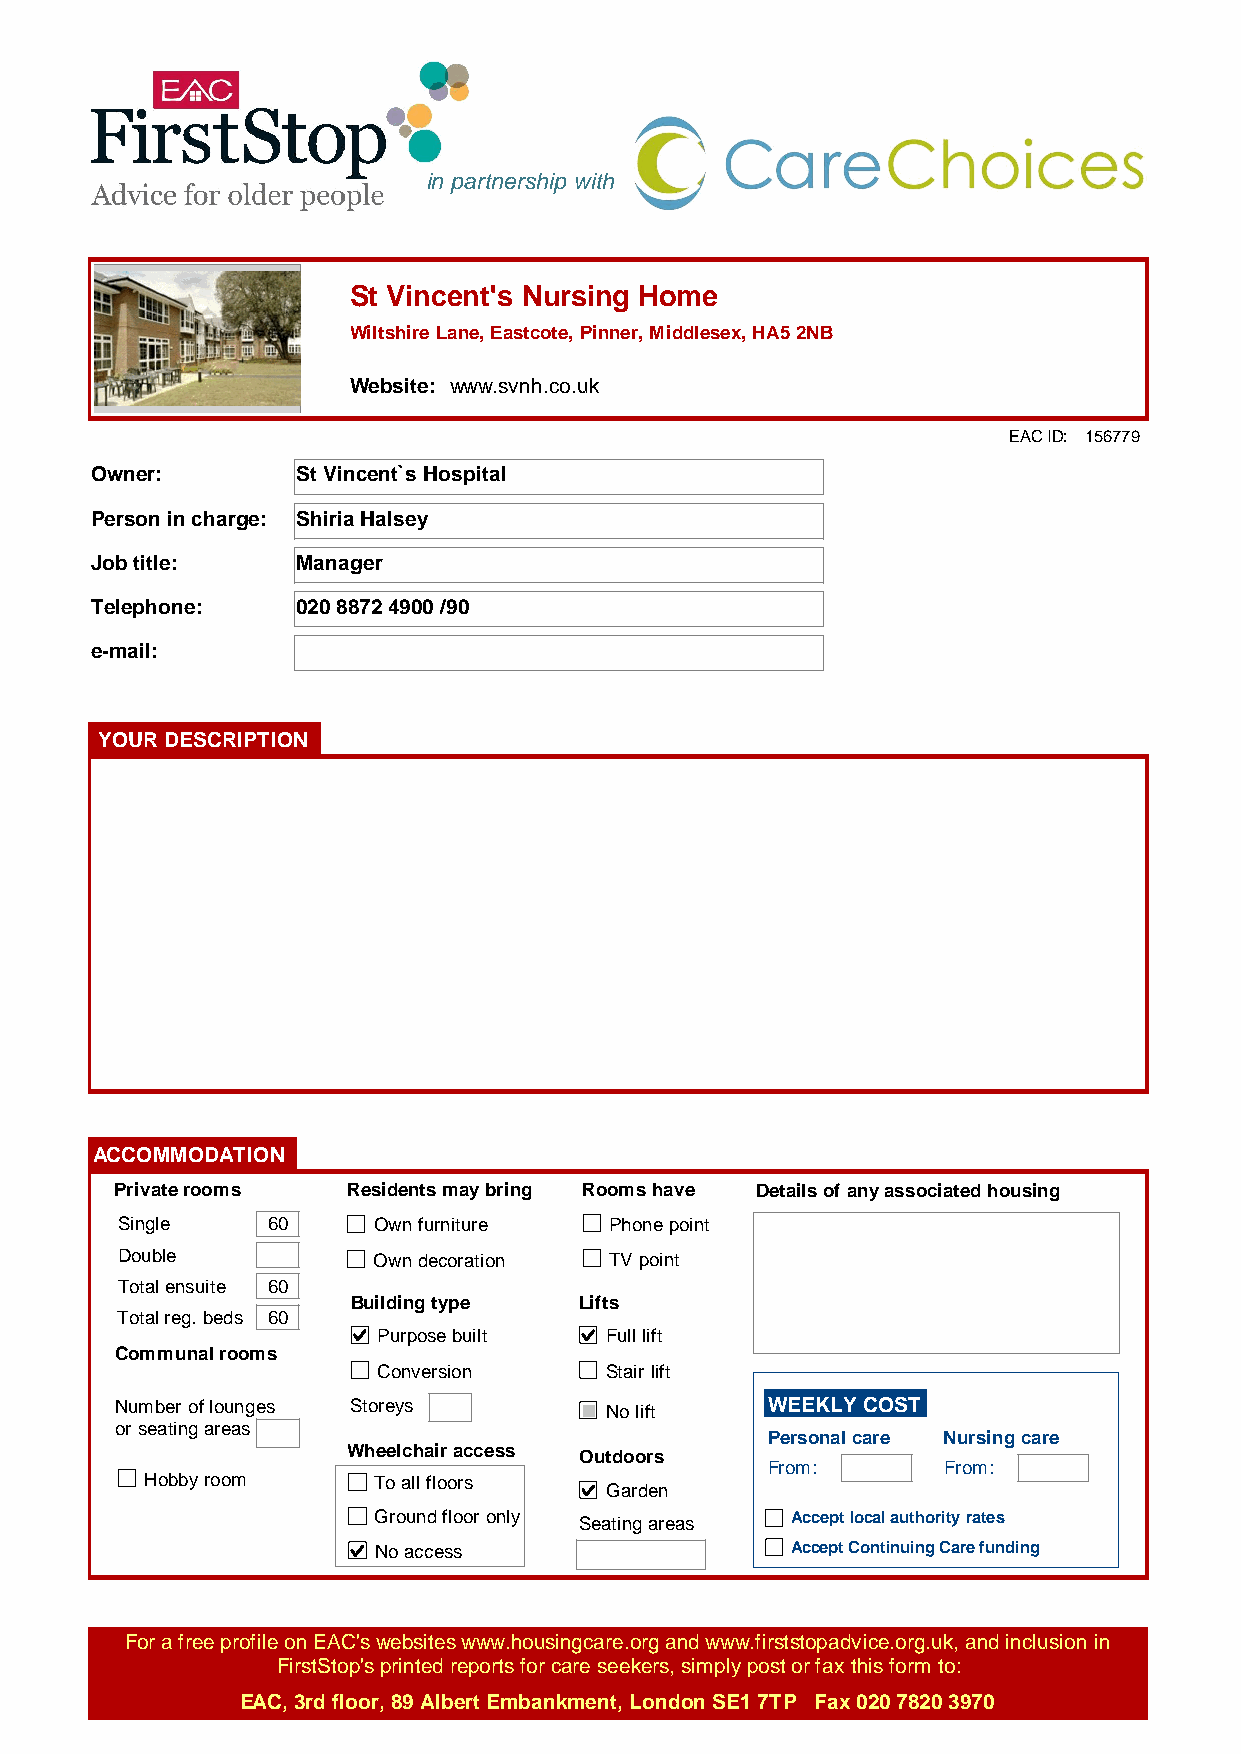
in partnership with
 St Vincent's Nursing Home
 Wiltshire Lane, Eastcote, Pinner, Middlesex, HA5 2NB
 Website: www.svnh.co.uk
 EAC ID: 156779
 Owner:        St Vincent`s Hospital
 Person in charge: Shiria Halsey
 Job title:    Manager
 Telephone:    020 8872 4900 /90
 e-mail:
 YOUR DESCRIPTION
 ACCOMMODATION
 Private rooms  Residents may bring Rooms have Details of any associated housing
 Single    60     Own furniture  Phone point
 Double           Own decoration TV point
 Total ensuite 60
 Building type  Lifts
 Total reg. beds 60
 Purpose built  Full lift
 Communal rooms
 Conversion     Stair lift
 Number of lounges Storeys       No lift    WEEKLY COST
 or seating areas
 Personal care Nursing care
 Wheelchair access Outdoors
 From:      From:
 Hobby room     To all floors
 Garden
 Ground floor only Seating areas Accept local authority rates
 No access                  Accept Continuing Care funding
 For a free profile on EAC's websites www.housingcare.org and www.firststopadvice.org.uk, and inclusion in
 FirstStop's printed reports for care seekers, simply post or fax this form to:
 EAC, 3rd floor, 89 Albert Embankment, London SE1 7TP Fax 020 7820 3970